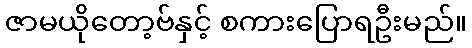
ဇာမယိုတော့ဗ်နှင့် စကားပြောရဦးမည်။